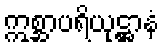
ဣစ္ဆာပရိယုဋ္ဌာနံ